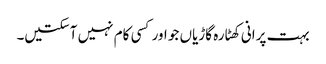
بہت پرانی کھٹارہ گاڑیاں جو اور کسی کام نہیں آسکتیں۔